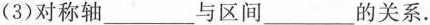
(3)对称轴__________与区间_________的关系。